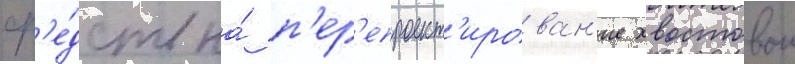
ср'е́дств на́ п'ер'епроект'ирован'ие хвостовои